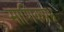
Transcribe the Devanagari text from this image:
माणिकप्रभ्रु